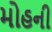
મોહની